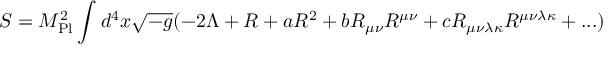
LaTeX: S = { M } _ { \mathrm { { P l } } } ^ { 2 } \int _ { } ^ { } { d } ^ { 4 } x \sqrt { - g } ( - 2 \Lambda + R + a { R } ^ { 2 } + b { R } _ { \mu \nu } { R } ^ { \mu \nu } + c { R } _ { \mu \nu \lambda \kappa } { R } ^ { \mu \nu \lambda \kappa } + . . . )